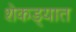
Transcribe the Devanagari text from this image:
शेकड्यात